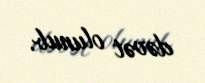
dəvət olunub.